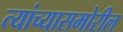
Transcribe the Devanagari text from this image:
त्यांच्यासमोरील